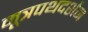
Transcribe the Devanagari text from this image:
मूत्रपथदर्शन